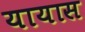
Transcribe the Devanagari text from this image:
यायास